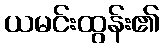
ယမင်းထွန်း၏